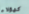
كهؤلاء